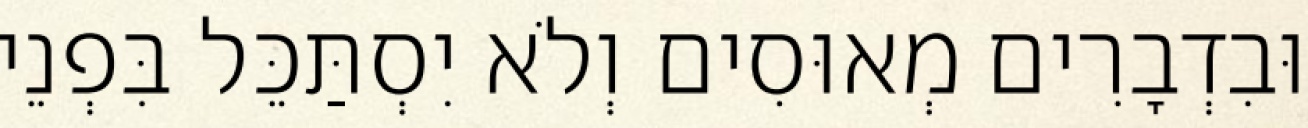
וּבִדְבָרִים מְאוּסִים וְלֹא יִסְתַּכֵּל בִּפְנֵי